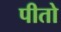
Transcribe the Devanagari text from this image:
पीतो